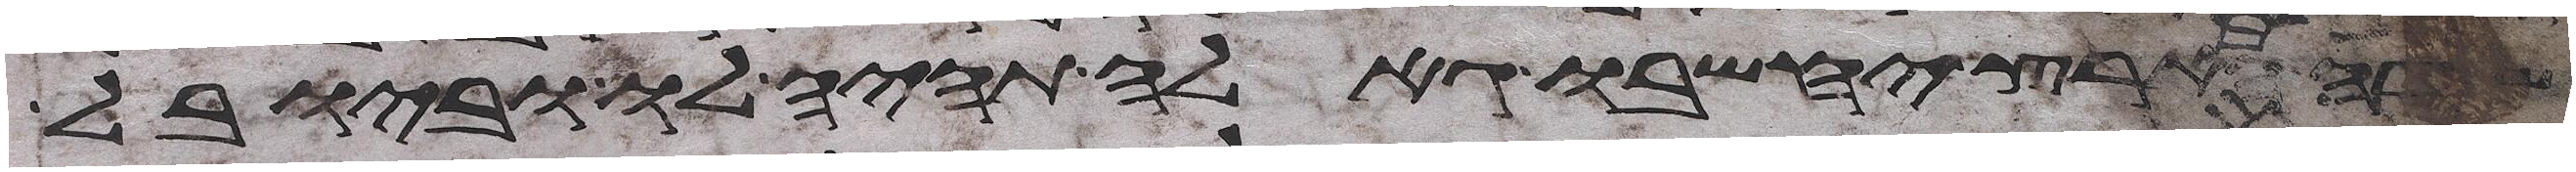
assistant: הארץ יחשבו גאלה תהיה לו וביובל